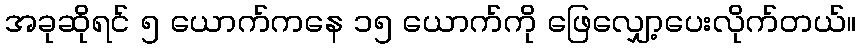
အခုဆိုရင် ၅ ယောက်ကနေ ၁၅ ယောက်ကို ဖြေလျှော့ပေးလိုက်တယ်။